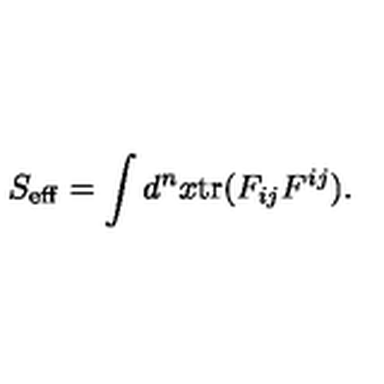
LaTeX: S _ { \mathrm { e f f } } = \int d ^ { n } x \mathrm { t r } ( F _ { i j } F ^ { i j } ) .